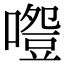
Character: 𠽵